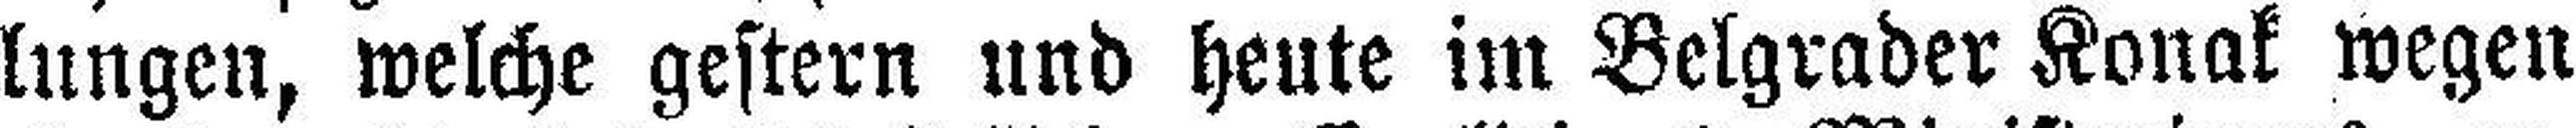
lungen, welche gestern und heute im Belgrader Konak wegen